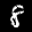
Label: 8